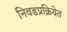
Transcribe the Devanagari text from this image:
निवडप्रक्रियेत